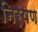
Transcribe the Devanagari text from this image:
निर्षण